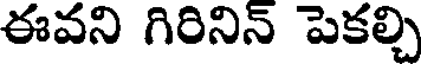
ఈవని గిరినిన్ పెకల్చి